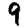
Digit: 9